Problem: 18 + 35 = ?
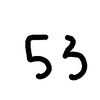
Handwritten answer: 53